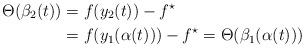
LaTeX: \begin{align*} \Theta( \beta_2(t) ) &= f(y_2(t)) - f^\star \\ &= f(y_1(\alpha(t))) - f^\star = \Theta( \beta_1(\alpha(t)) ) \end{align*}